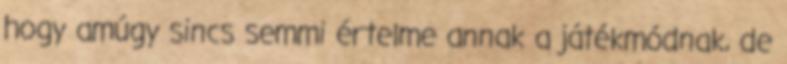
hogy amúgy sincs semmi értelme annak a játékmódnak, de